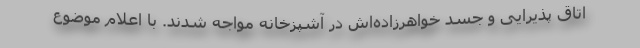
اتاق پذیرایی و جسد خواهرزاده‌اش در آشپزخانه مواجه شدند. با اعلام موضوع